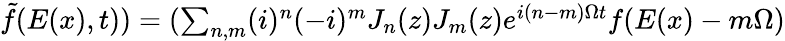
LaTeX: \begin{array}{r}{\tilde{f}(E(x),t))=(\sum_{n,m}(i)^{n}(-i)^{m}J_{n}(z)J_{m}(z)e^{i(n-m)\Omega t}f(E(x)-m\Omega)}\end{array}